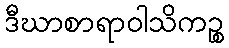
ဒီဃာစာရာဝါသိကဉ္စ